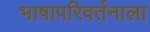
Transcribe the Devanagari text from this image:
भाषापरिवर्तनाला